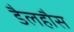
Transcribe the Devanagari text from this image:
डैलहौस